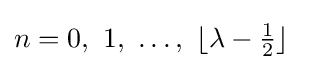
n=0,\ 1,\ \ldots ,\ \lfloor \lambda -{\tfrac {1}{2}}\rfloor \